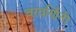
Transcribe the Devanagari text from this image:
वरवर्णिनी